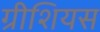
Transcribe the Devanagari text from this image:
ग्रीशियस